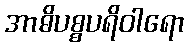
အာဓိပစ္စပရိဝါရော